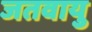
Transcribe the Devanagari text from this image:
जतवायु